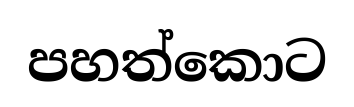
පහත්කොට